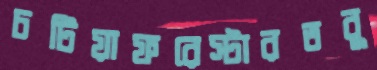
চটিয়াফরেস্টারতবু